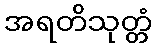
အရတိသုတ္တံ